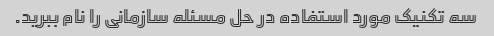
سه تکنیک مورد استفاده در حل مسئله سازمانی را نام ببرید.